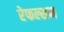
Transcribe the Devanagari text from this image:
रेफल्सन